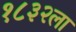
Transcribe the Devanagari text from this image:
१८३२ला